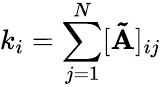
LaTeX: k_{i}=\sum_{j=1}^{N}[\mathbf{\tilde{A}}]_{ij}